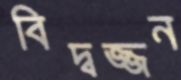
বিদ্বজ্জন